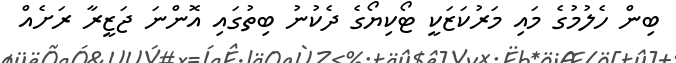
ބިން ހެލުމުގެ މައި މަރުކަޒަކީ ޓޯކިޔޯގެ ދެކުނު ބިތުގައި އޮންނަ ޖަޒީރާ ރަށެއް